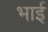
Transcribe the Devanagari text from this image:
भाईं